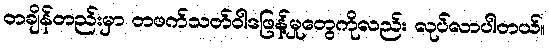
တချိန်တည်းမှာ တဖက်သတ်ဝါဒဖြန့်မှုတွေကိုလည်း လုပ်လာပါတယ်။